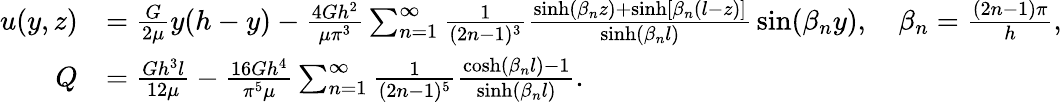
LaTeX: {\begin{array}{rl}{u(y,z)}&{={\frac{G}{2\mu}}y(h-y)-{\frac{4Gh^{2}}{\mu\pi^{3}}}\sum_{n=1}^{\infty}{\frac{1}{(2n-1)^{3}}}{\frac{\sinh(\beta_{n}z)+\sinh[\beta_{n}(l-z)]}{\sinh(\beta_{n}l)}}\sin(\beta_{n}y),\quad\beta_{n}={\frac{(2n-1)\pi}{h}},}\\ {Q}&{={\frac{Gh^{3}l}{12\mu}}-{\frac{16Gh^{4}}{\pi^{5}\mu}}\sum_{n=1}^{\infty}{\frac{1}{(2n-1)^{5}}}{\frac{\cosh(\beta_{n}l)-1}{\sinh(\beta_{n}l)}}.}\end{array}}